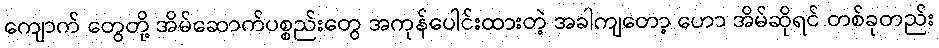
ကျောက် တွေတို့ အိမ်ဆောက်ပစ္စည်းတွေ အကုန်ပေါင်းထားတဲ့ အခါကျတော့ ဟော အိမ်ဆိုရင် တစ်ခုတည်း